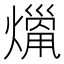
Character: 𤎞